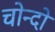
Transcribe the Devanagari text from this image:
चोन्दो